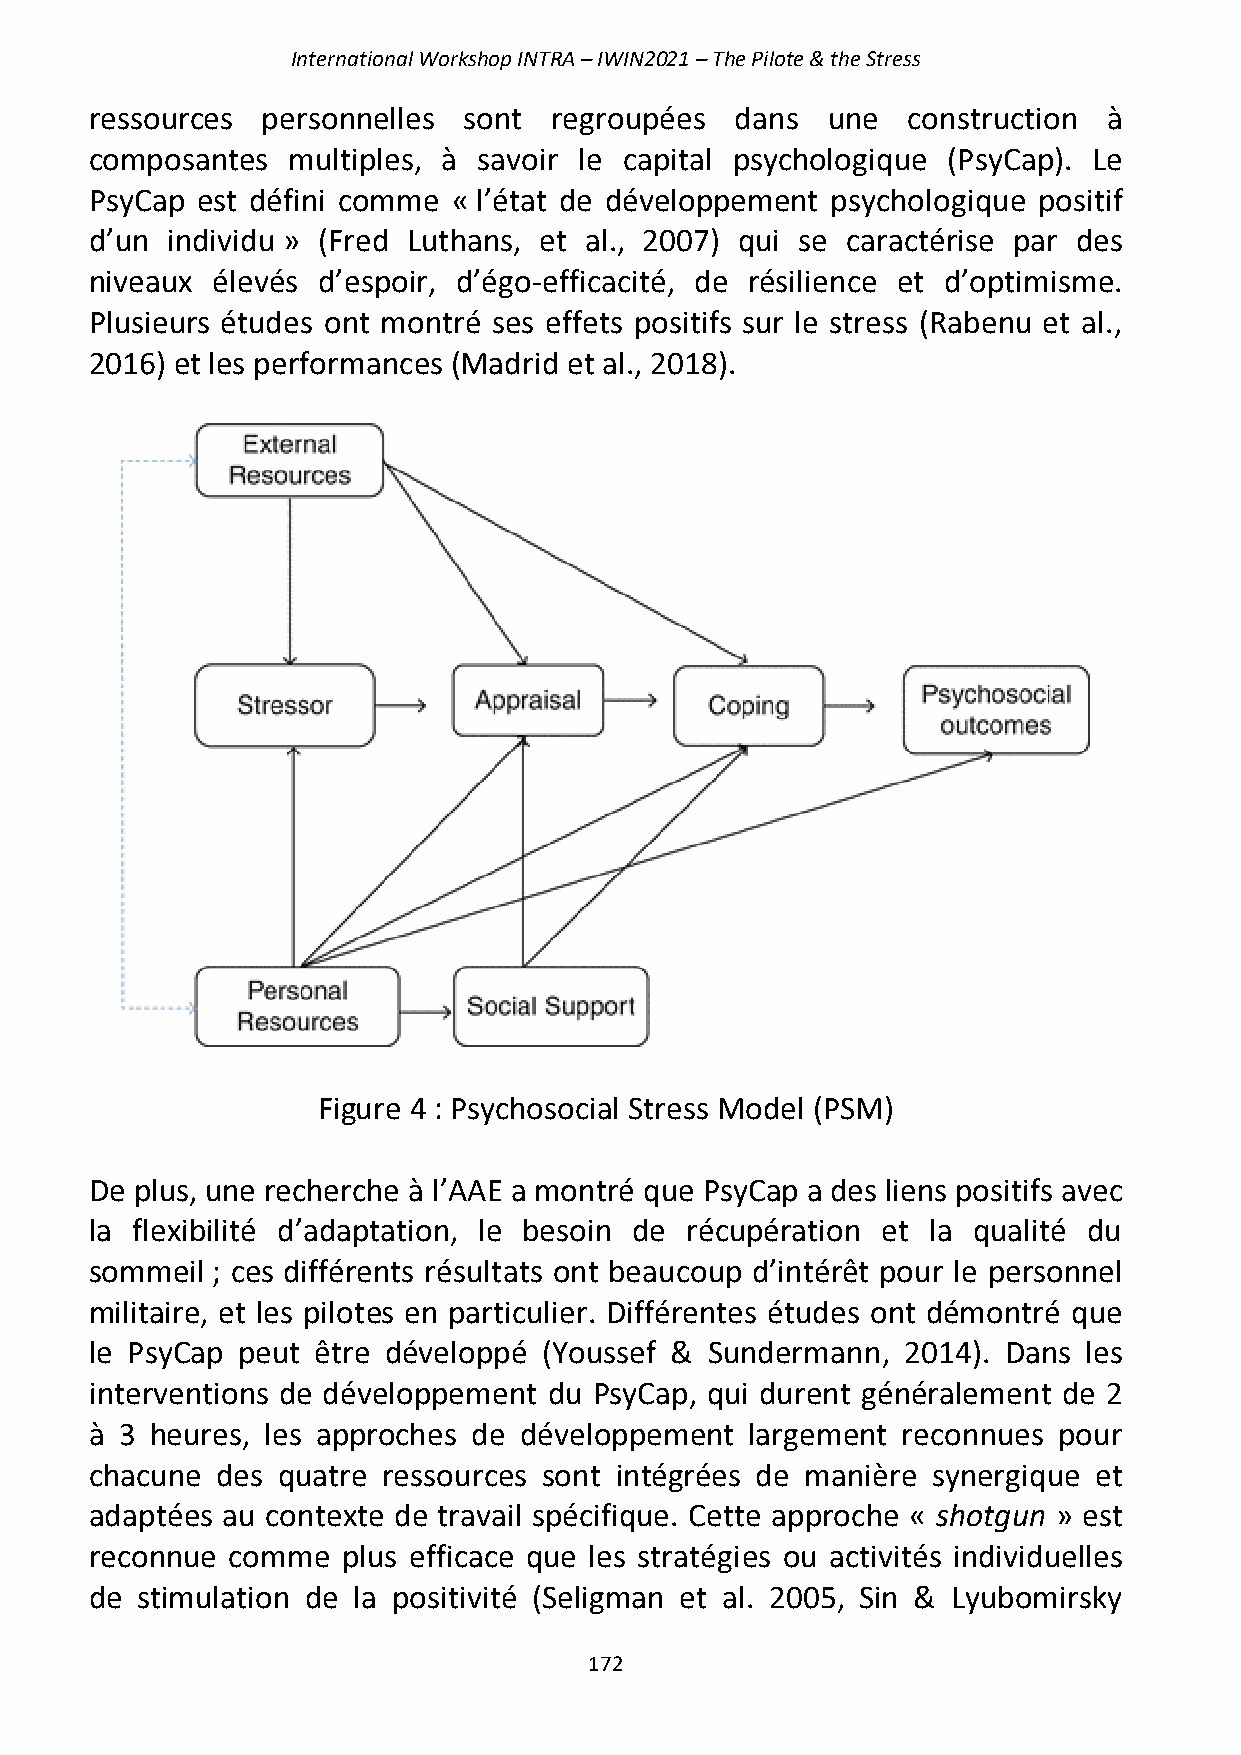
International Workshop INTRA – IWIN2021 – The Pilote & the Stress
 ressources personnelles  sont regroupées   dans  une  construction à
 composantes  multiples, à savoir le capital psychologique (PsyCap). Le
 PsyCap est défini comme « l’état de développement psychologique positif
 d’un individu » (Fred Luthans, et al., 2007) qui se caractérise par des
 niveaux élevés d’espoir, d’égo-efficacité, de résilience et d’optimisme.
 Plusieurs études ont montré ses effets positifs sur le stress (Rabenu et al.,
 2016) et les performances (Madrid et al., 2018).
 Figure 4 : Psychosocial Stress Model (PSM)
 De plus, une recherche à l’AAE a montré que PsyCap a des liens positifs avec
 la flexibilité d’adaptation, le besoin de récupération et la qualité du
 sommeil ; ces différents résultats ont beaucoup d’intérêt pour le personnel
 militaire, et les pilotes en particulier. Différentes études ont démontré que
 le PsyCap peut être développé (Youssef & Sundermann,  2014). Dans les
 interventions de développement du PsyCap, qui durent généralement de 2
 à 3 heures, les approches de développement  largement reconnues pour
 chacune des quatre ressources sont intégrées de manière synergique et
 adaptées au contexte de travail spécifique. Cette approche « shotgun » est
 reconnue comme   plus efficace que les stratégies ou activités individuelles
 de stimulation de la positivité (Seligman et al. 2005, Sin & Lyubomirsky
 172